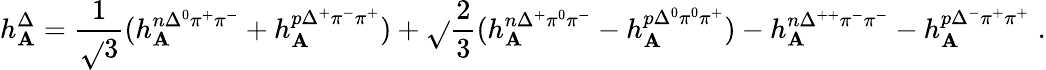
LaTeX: h_{\mathbf{A}}^{\Delta}={\frac{{1}}{{\sqrt{}{{3}}}}}(h_{\mathbf{A}}^{n\Delta^{0}\pi^{+}\pi^{-}}+h_{\mathbf{A}}^{p\Delta^{+}\pi^{-}\pi^{+}})+\sqrt{}{{\frac{{2}}{{3}}}}(h_{\mathbf{A}}^{n\Delta^{+}\pi^{0}\pi^{-}}-h_{\mathbf{A}}^{p\Delta^{0}\pi^{0}\pi^{+}})-h_{\mathbf{A}}^{n\Delta^{++}\pi^{-}\pi^{-}}-h_{\mathbf{A}}^{p\Delta^{-}\pi^{+}\pi^{+}}\; .